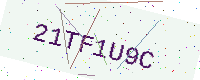
Text: 21TF1U9C